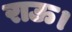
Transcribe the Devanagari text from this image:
राऊ।